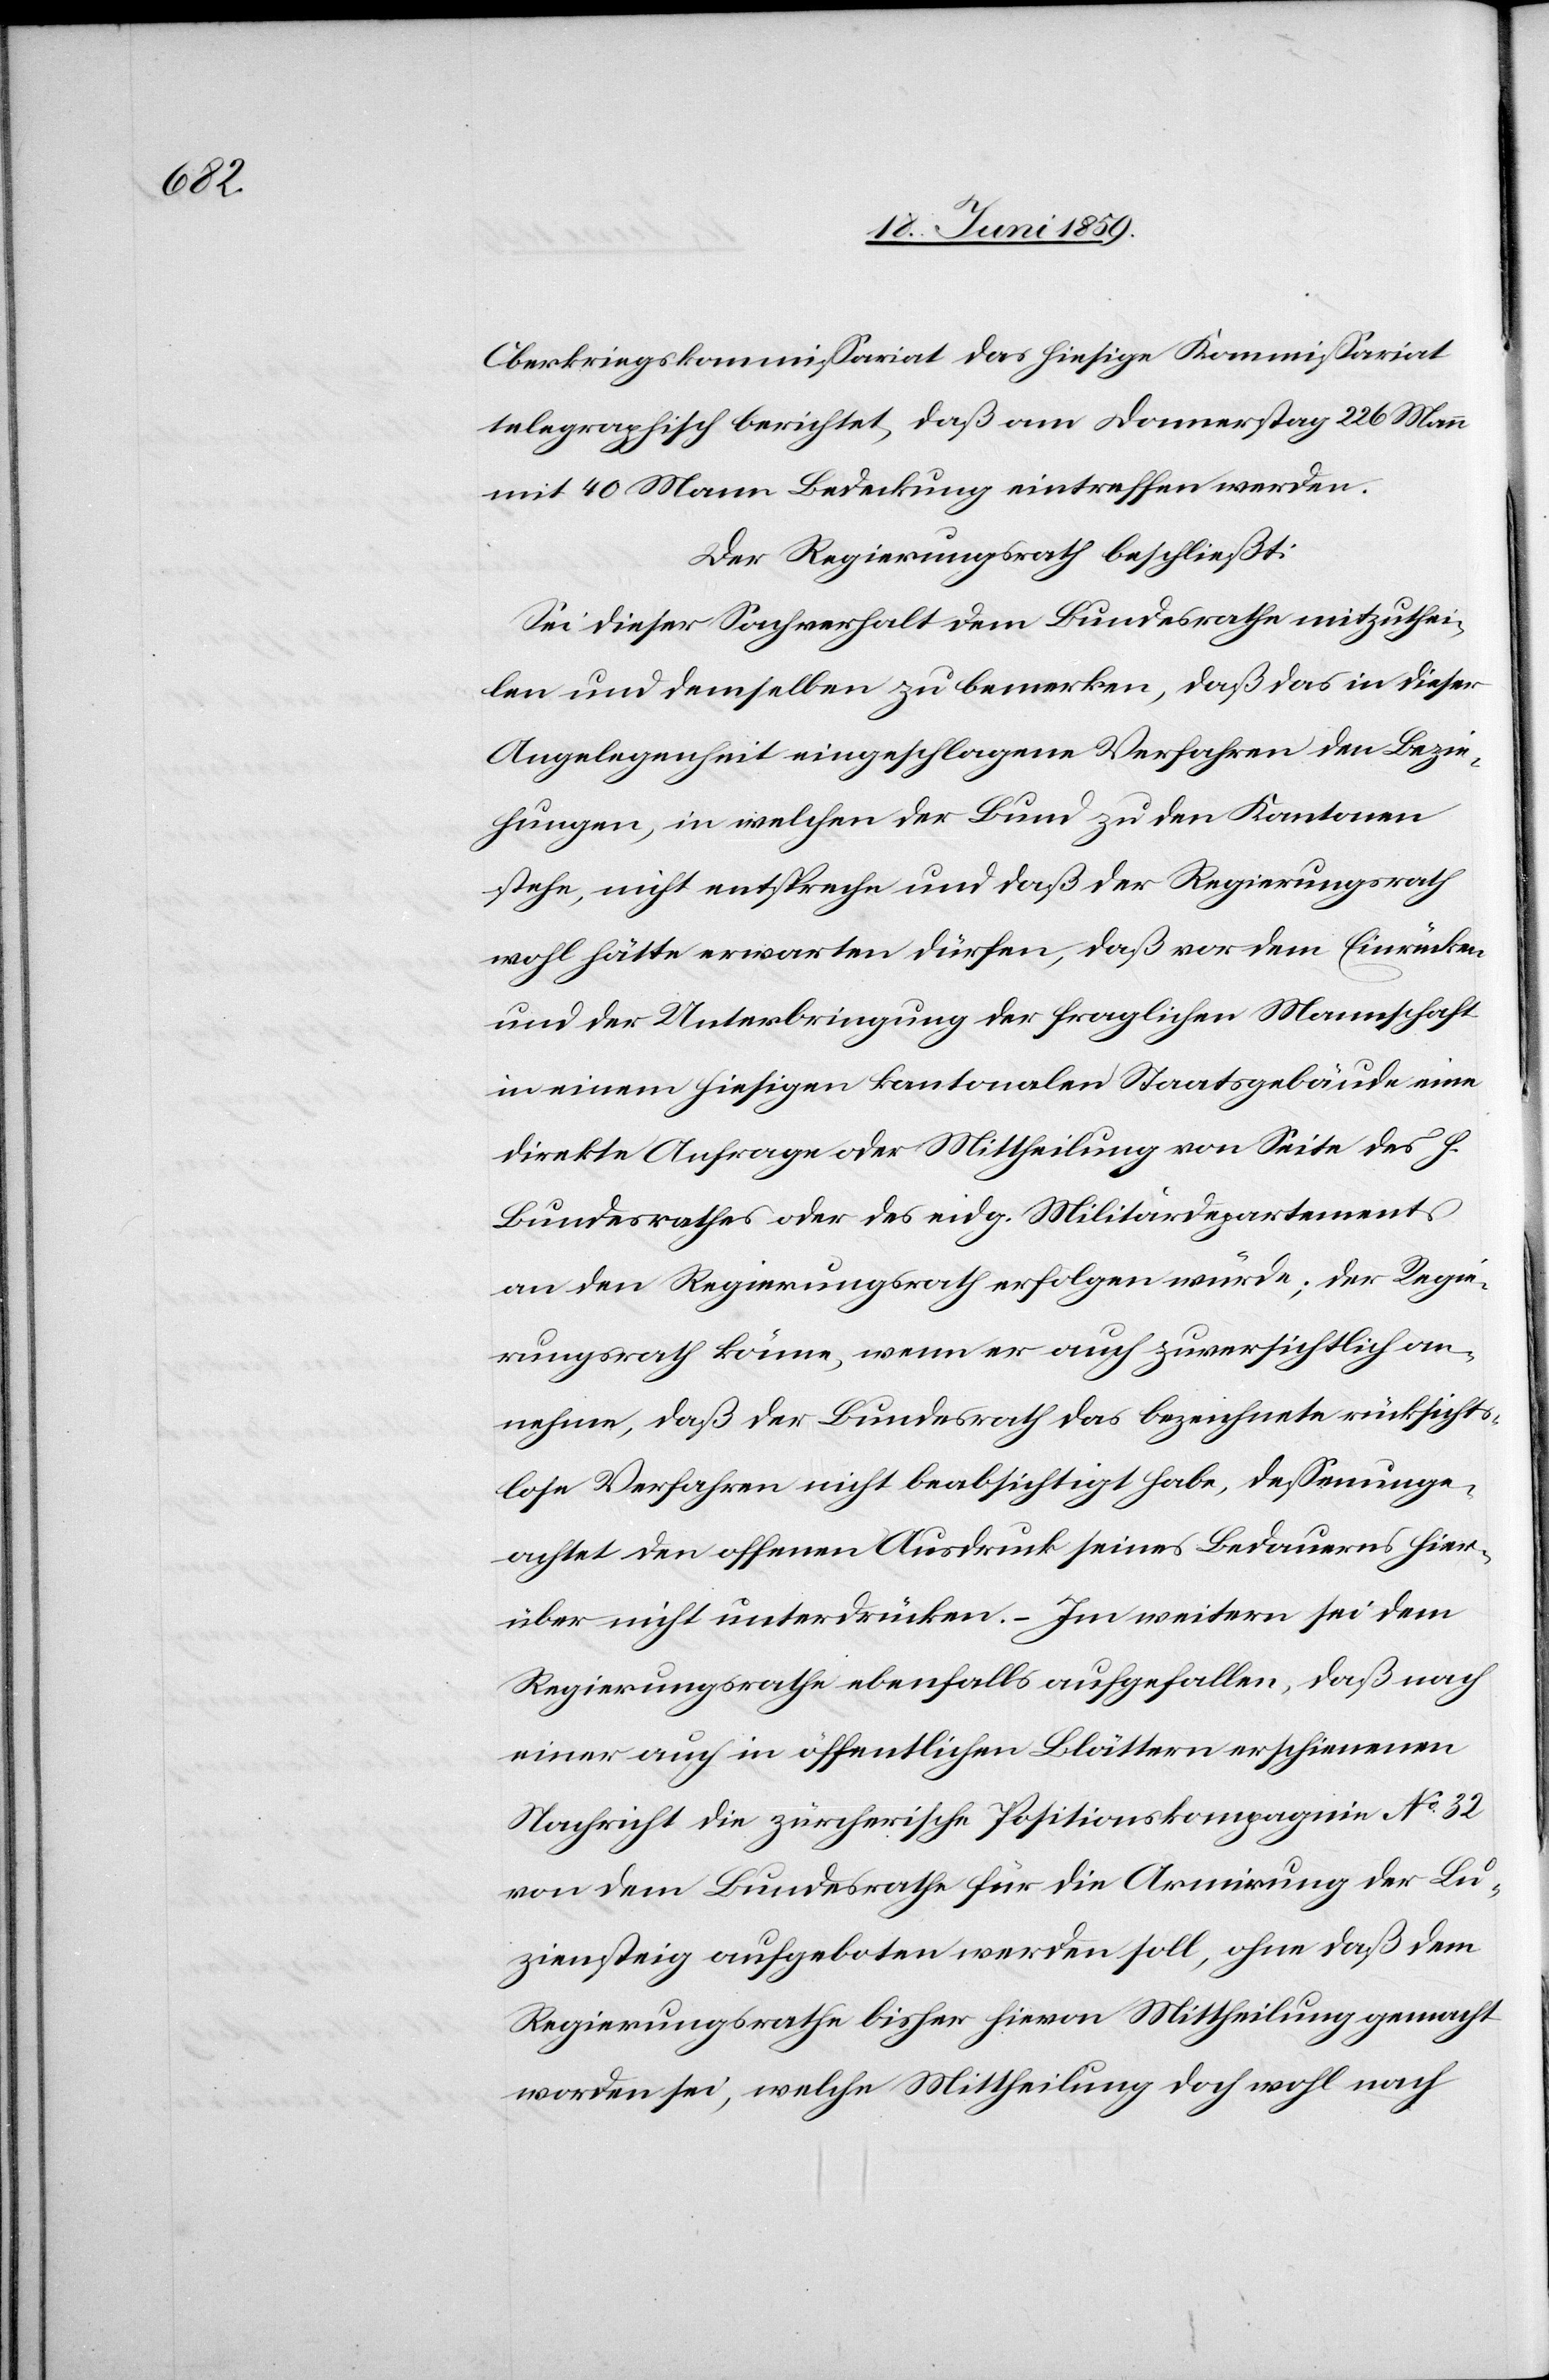
Oberkriegskommissariat das hiesige Kommissariat
telegraphisch berichtet, daß am Donnerstag 226 Mann
mit 40 Mann Bedeckung eintreffen werden.
Der Regierungsrath beschließt:
Sei dieser Sachverhalt dem Bundesrathe mitzuthei¬
len und demselben zu bemerken, daß das in dieser
Angelegenheit eingeschlagene Verfahren den Bezie¬
hungen, in welchen der Bund zu den Kantonen
stehe, nicht entspreche und daß der Regierungsrath
wohl hätte erwarten dürfen, daß vor dem Einrücken
und der Unterbringung der fraglichen Mannschaft
in einem hiesigen kantonalen Staatsgebäude eine
direkte Anfrage oder Mittheilung von Seite des h.
Bundesrathes oder des eidg. Miliätrdepartements
an den Regierungsrath erfolgen würde; der Regie¬
rungsrath könne, wenn er auch zuversichtlich an¬
nehme, daß der Bundesrath das bezeichnete rücksichts¬
lose Verfahren nicht beabsichtigt habe, dessenunge¬
achtet den offenen Ausdruck seines Bedauerns hier¬
über nicht unterdrücken. – Im weitern sei dem
Regierungsrathe ebenfalls aufgefallen, daß nach
einer auch in öffentlichen Blättern erschienenen
Nachricht die zürcherische Positionskompagnie No 32
von dem Bundesrath für die Armierung der Lu¬
ziensteig aufgeboten werden soll, ohne daß dem
Regierungsrathe bisher hievon Mittheilung gemacht
worden sei, welche Mittheilung doch wohl noch